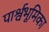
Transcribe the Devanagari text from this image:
पार्श्वभूमिका